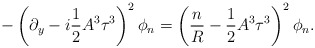
\begin{align*}-\left(\partial_{y} - i \frac{1}{2} A^{3} \tau^{3} \right)^{2} \phi_{n} = \left( \frac{n}{R} - \frac{1}{2} A^{3} \tau^{3} \right)^{2} \phi_{n}.\end{align*}